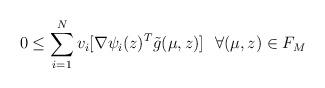
LaTeX: \begin{align*}0\leq \sum_{i=1}^N v_i [\nabla\psi_i(z)^T\tilde{g}(\mu,z)] \ \ \forall (\mu,z)\in F_M\end{align*}